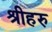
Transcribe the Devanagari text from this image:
श्रीहरु